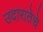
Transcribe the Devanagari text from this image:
उदारातेचे